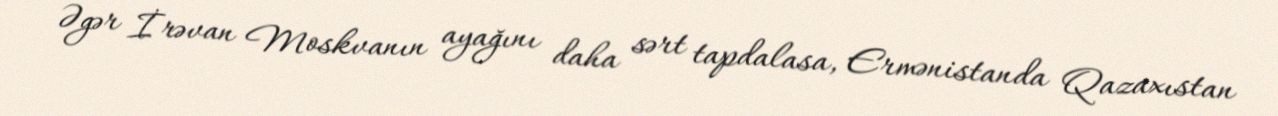
Əgər İrəvan Moskvanın ayağını daha sərt tapdalasa, Ermənistanda Qazaxıstan